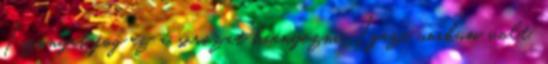
Iszonyat fog ez a sorozat hiányozni. Igazi unikum volt,